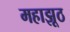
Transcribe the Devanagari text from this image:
महाझूठ